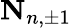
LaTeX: \mathbf{N}_{n,\pm 1}